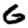
Digit: 6